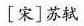
[宋]苏轼